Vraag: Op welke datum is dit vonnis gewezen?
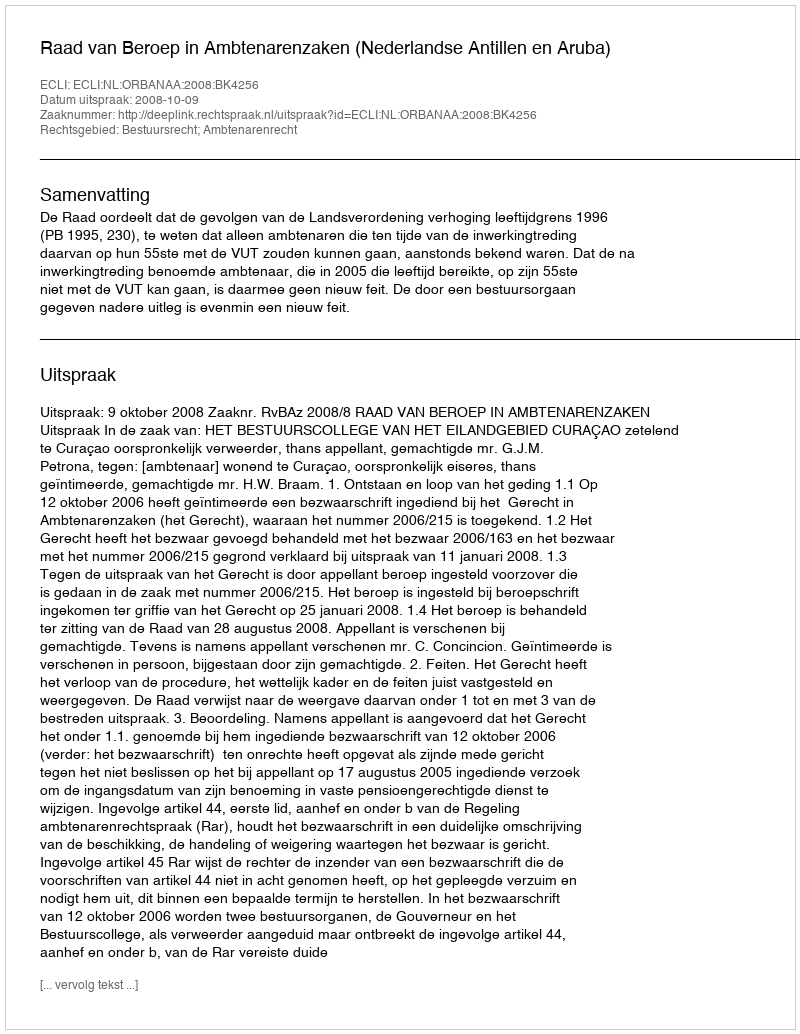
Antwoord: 2008-10-09